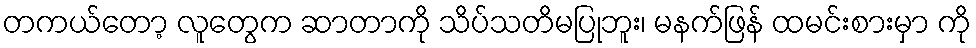
တကယ်တော့ လူတွေက ဆာတာကို သိပ်သတိမပြုဘူး၊ မနက်ဖြန် ထမင်းစားမှာ ကို